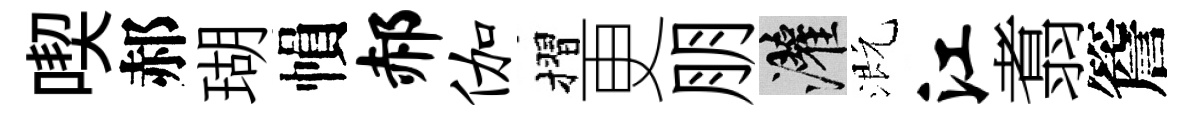
喫郝瑚𢄙郝伽摺更朋灌溉江翥簷